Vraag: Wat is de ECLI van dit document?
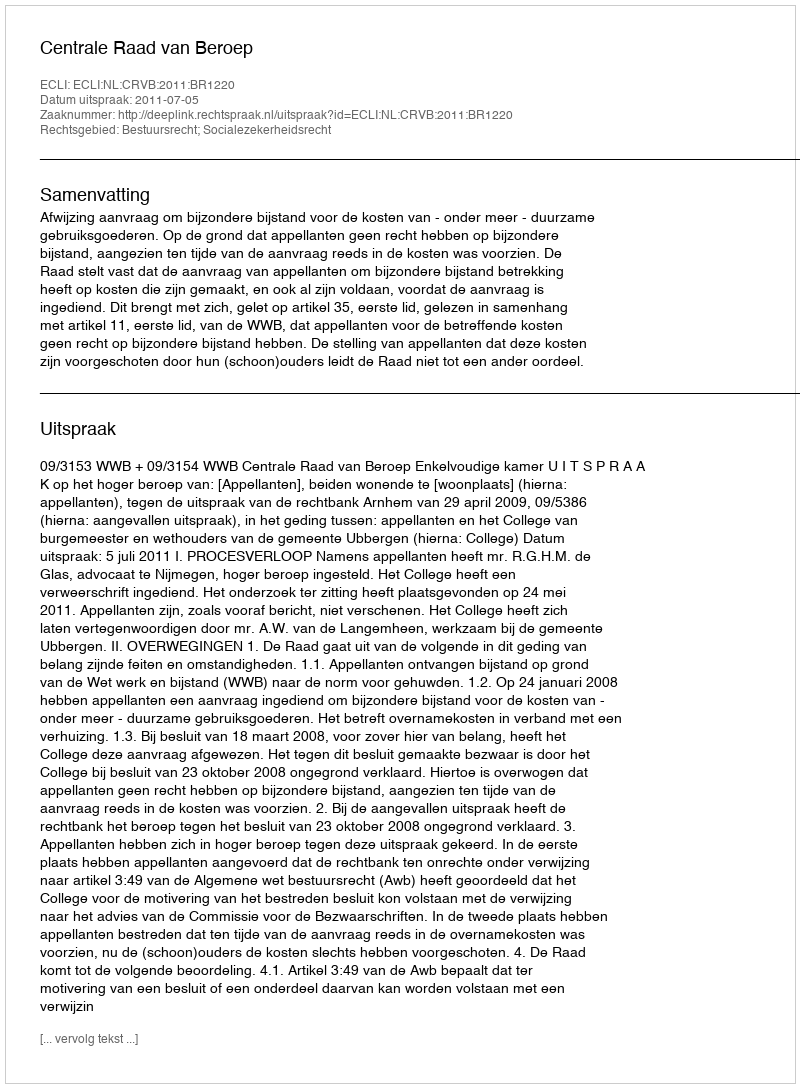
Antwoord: ECLI:NL:CRVB:2011:BR1220